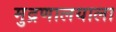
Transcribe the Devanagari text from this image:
मुद्रणालयाला